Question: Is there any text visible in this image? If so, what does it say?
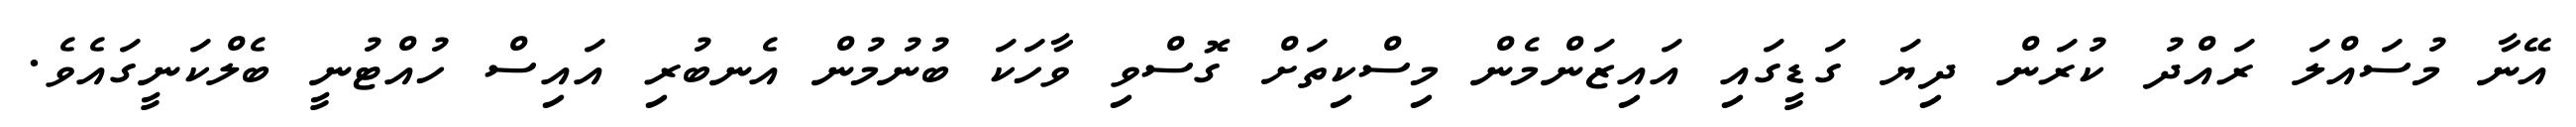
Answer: އޭނާ މުސައްލަ ރައްދު ކުރަން ދިޔަ ގަޑީގައި އައިޒަންމެން މިސްކިތަށް ގޮސްވި ވާހަކަ ބުނުމުން އެނބުރި އައިސް ހުއްޓުނީ ބެލްކަނީގައެވެ.